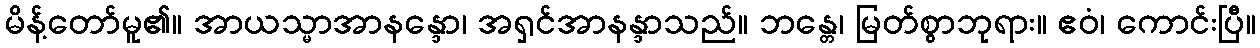
မိန့်တော်မူ၏။ အာယသ္မာအာနန္ဒော၊ အရှင်အာနန္ဒာသည်။ ဘန္တေ၊ မြတ်စွာဘုရား။ ဧဝံ၊ ကောင်းပြီ။